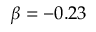
\beta = - 0 . 2 3